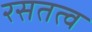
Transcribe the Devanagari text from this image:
रसतत्व